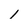
Character: 1